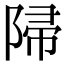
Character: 𨺜